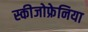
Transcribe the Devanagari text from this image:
स्कीजोफ्रेनिया